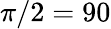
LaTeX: \pi/2=90